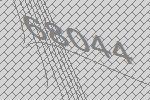
68044